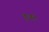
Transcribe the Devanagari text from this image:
इजंट